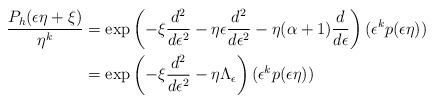
LaTeX: \begin{align*}\frac{P_h(\epsilon\eta+\xi)}{\eta^k}&= \exp\left(-\xi\frac{d^2}{d\epsilon^2} - \eta\epsilon\frac{d^2}{d\epsilon^2} - \eta(\alpha + 1)\frac{d}{d\epsilon}\right)(\epsilon^kp(\epsilon\eta)) \\&= \exp\left(-\xi\frac{d^2}{d\epsilon^2} - \eta\Lambda_\epsilon\right)(\epsilon^kp(\epsilon\eta))\end{align*}